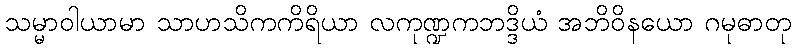
သမ္မာဝါယာမာ သာဟသိကကိရိယာ လကုဏ္ဍကဘဒ္ဒိယံ အဘိဝိနယော ဂမုဓာတု